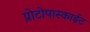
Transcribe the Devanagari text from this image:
प्रोटोपास्काईट